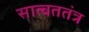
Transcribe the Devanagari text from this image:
सात्वततंत्र